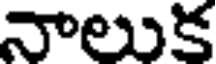
నాలుక